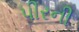
પીરની